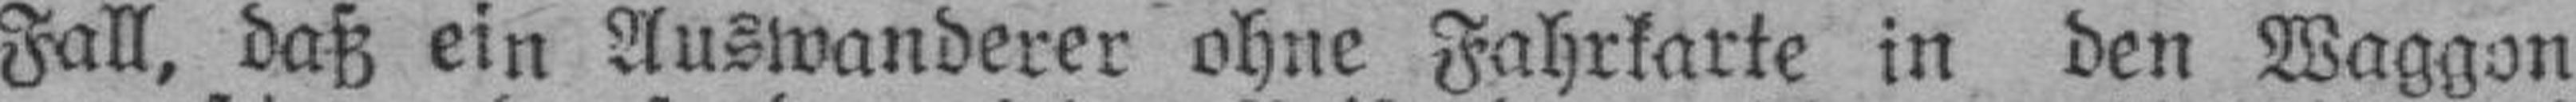
Fall, daß ein Auswanderer ohne Fahrkarte in den Waggon